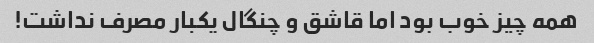
همه چیز خوب بود اما قاشق و چنگال یکبار مصرف نداشت!